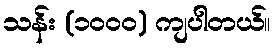
သန်း (၁၀၀၀) ကျပါတယ်။